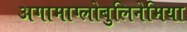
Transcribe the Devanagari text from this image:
अगामाग्लोबुलिनेमिया